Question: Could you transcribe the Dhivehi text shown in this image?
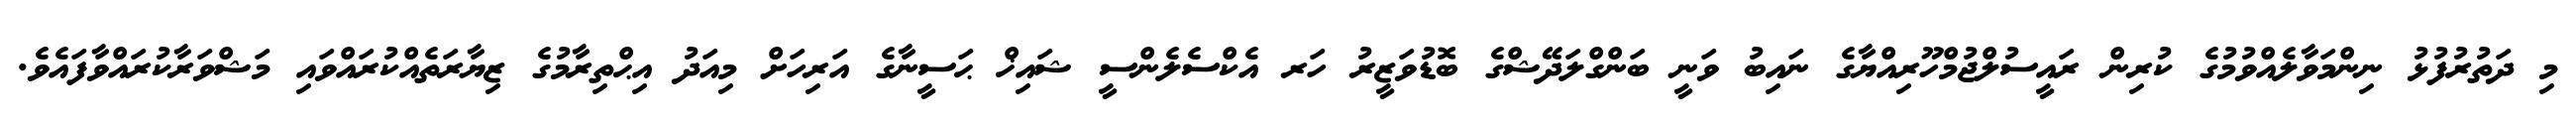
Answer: މި ދަތުރުފުޅު ނިންމަވާލެއްވުމުގެ ކުރިން ރައީސުލްޖުމްހޫރިއްޔާގެ ނައިބު ވަނީ ބަންގްލަދޭޝްގެ ބޮޑުވަޒީރު ހަރ އެކްސެލެންސީ ޝައިޚް ޙަސީނާގެ އަރިހަށް މިއަދު އިޙްތިރާމުގެ ޒިޔާރަތެއްކުރައްވައި މަޝްވަރާކުރައްވާފައެވެ.